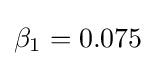
\beta _{1}=0.075